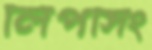
লিপসিং